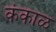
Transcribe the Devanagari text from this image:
कंकाळ